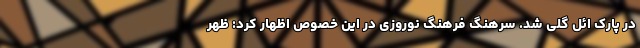
در پارک ائل گلی شد. سرهنگ فرهنگ نوروزی در این خصوص اظهار کرد: ظهر